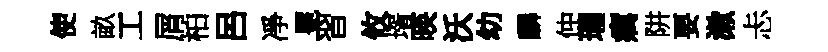
使畝工屑柏呂凈冕習攸壻暎沃幼麟仲瓏癘阱要漱忐